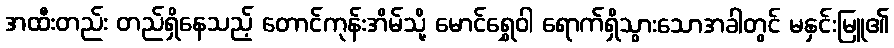
အထီးတည်း တည်ရှိနေသည့် တောင်ကုန်းအိမ်သို့ မောင်ရွှေဝါ ရောက်ရှိသွားသောအခါတွင် မနှင်းမြူ၏